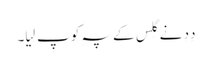
دِدِ نے گِلس کے پہِ کو پِ لِیا۔